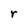
Character: r